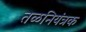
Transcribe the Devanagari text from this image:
तळनियंत्रक